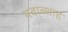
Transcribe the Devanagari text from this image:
नवाब्शाह